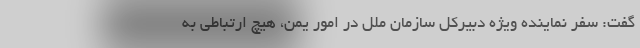
گفت: سفر نماینده ویژه دبیرکل سازمان ملل در امور یمن، هیچ ارتباطی به